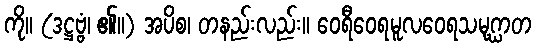
ကို။ (ဒဋ္ဌဗ္ဗံ၊ ၏။) အပိစ၊ တနည်းလည်း။ ဝေရီဝေရမူလဝေရသမုဂ္ဃာတ